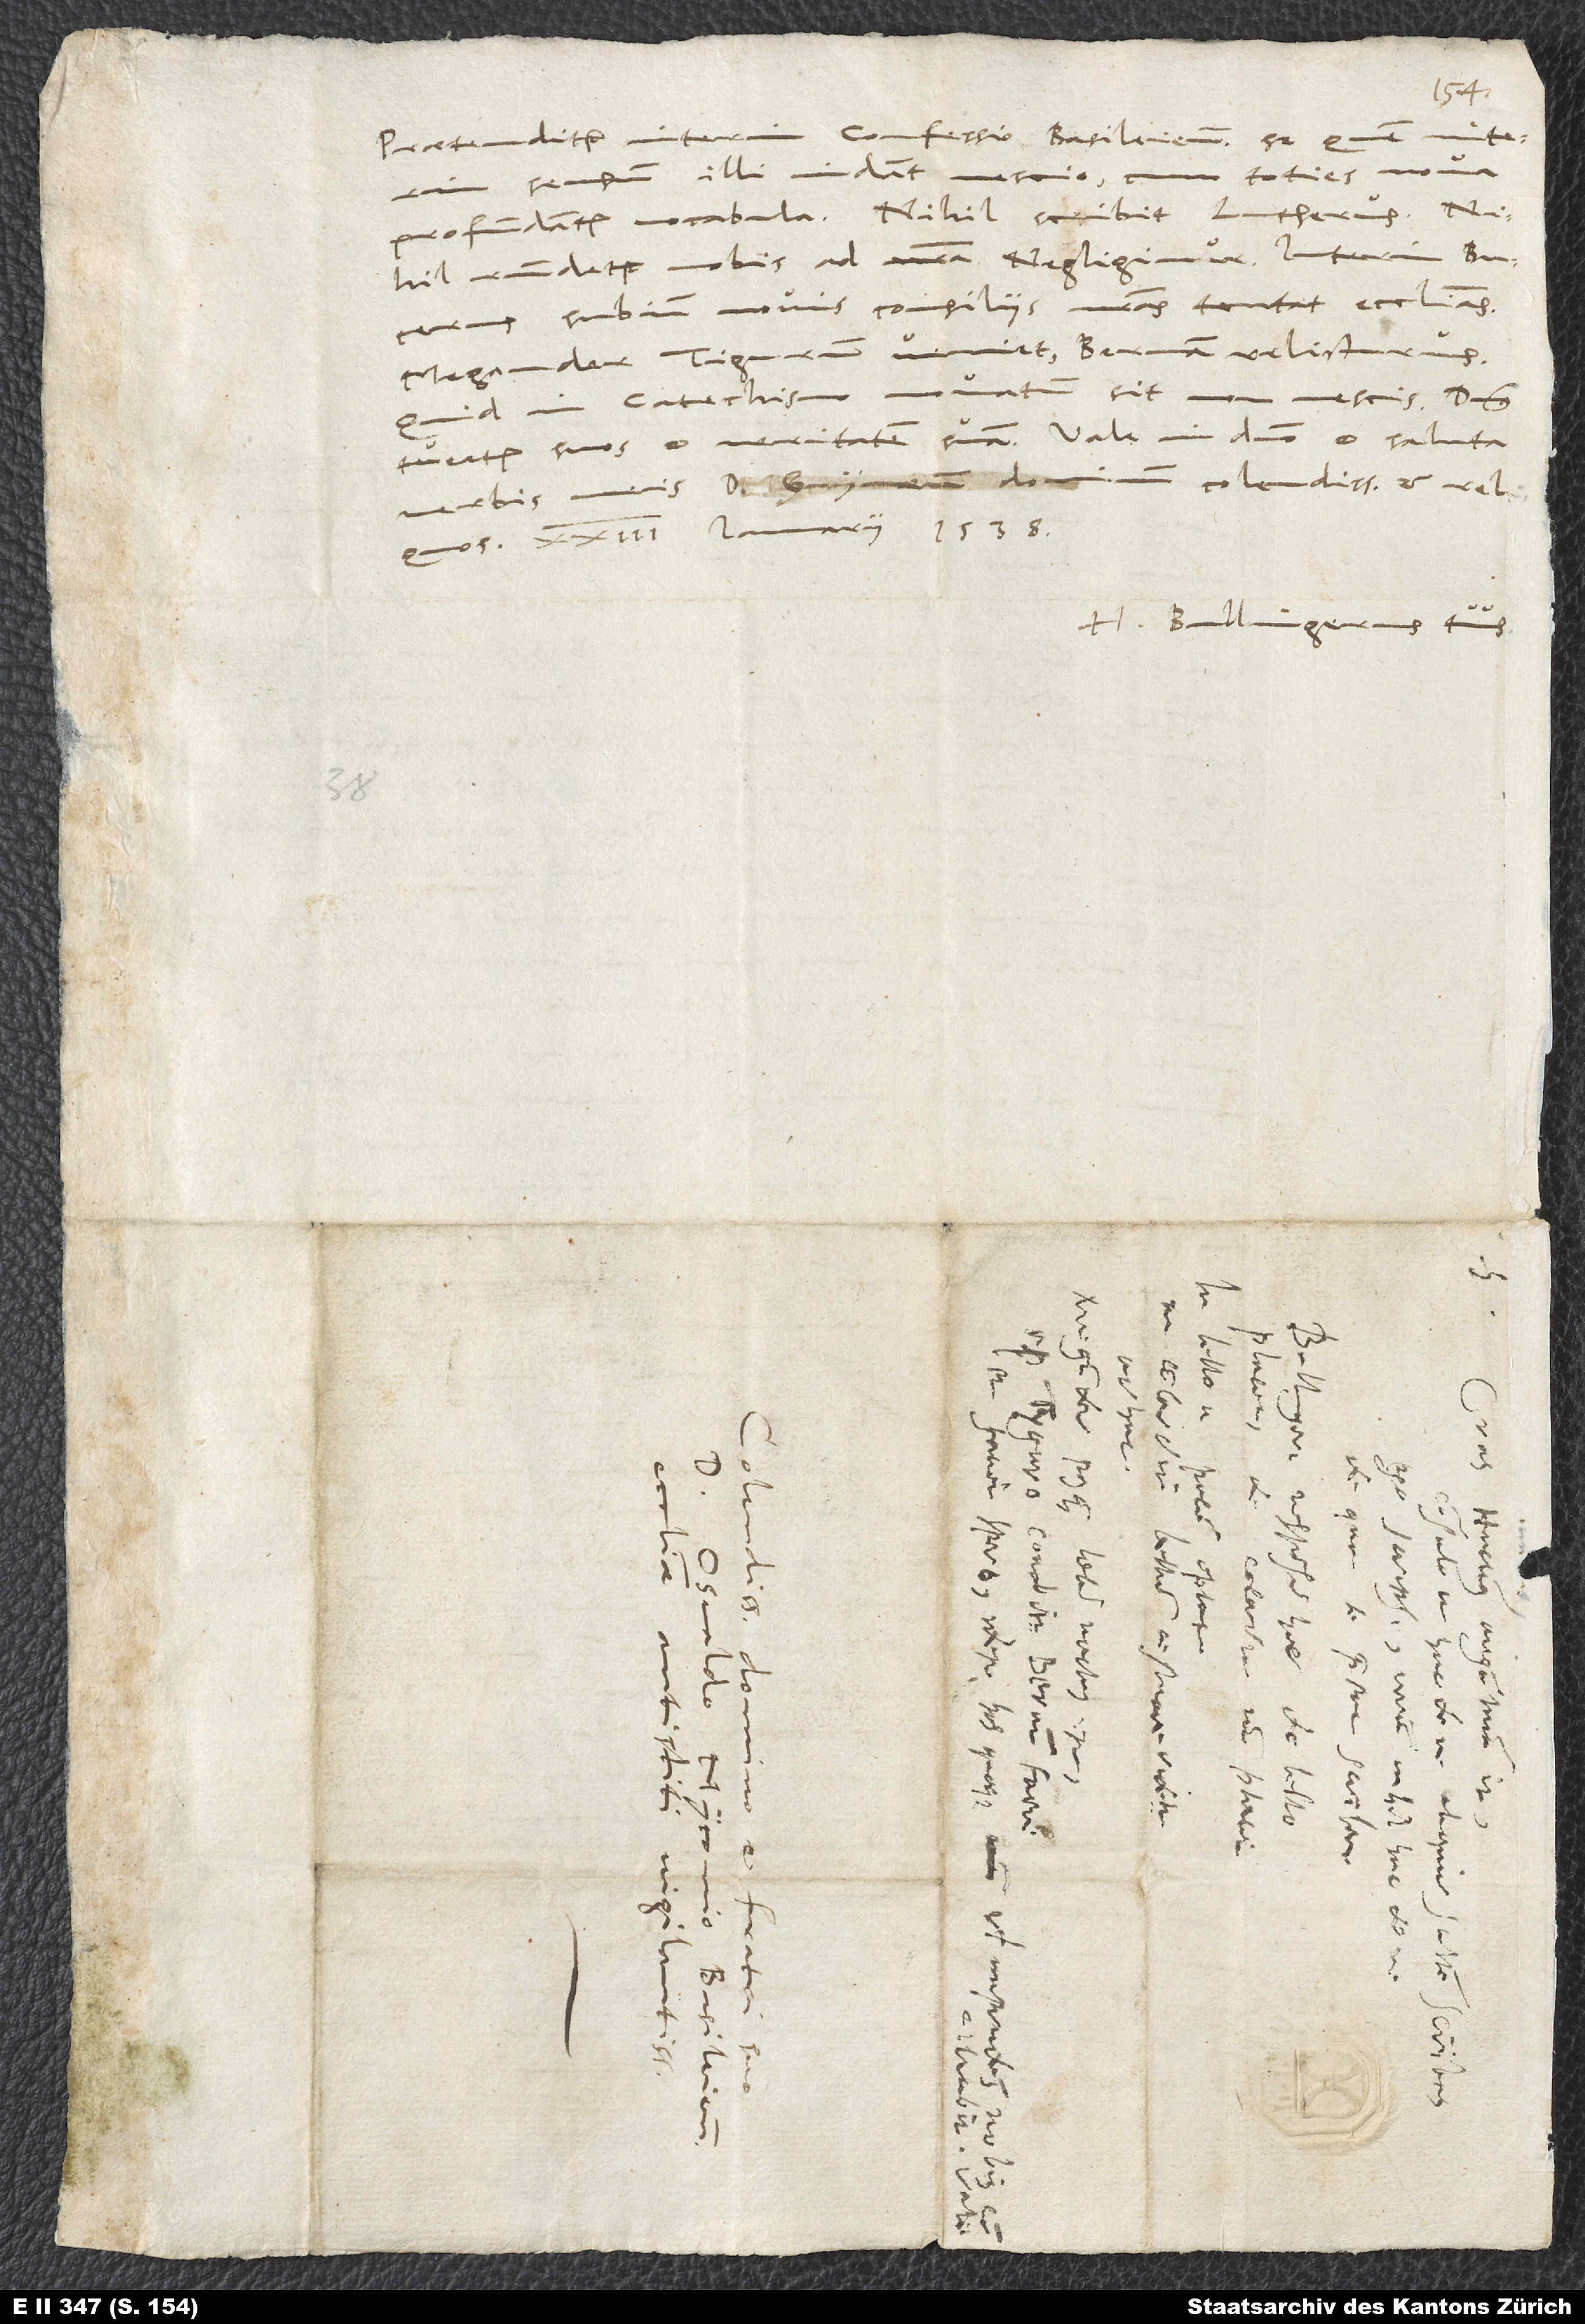
Praetenditur interim confessio Basileiensis; sed quem interim
nova
sensum illi indant, nescio, cum toties
profundantur vocabula. Nihil scribit Lutherus,
nihil respondetur nobis ad nostra; negligimur. Interim Bucerus
subinde novis consiliis nostras tentat ecclesias.
Megander Tigurum veniet Bernam relicturus.
Quid in catechismo novatum sit, non nescis. Dominus
verbis meis d. Grynaeum, dominum colendissimum, et reliquos.
H. Bullingerus tuus.
23.
d.